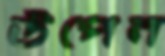
উপেন